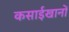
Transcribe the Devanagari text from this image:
कसाईखानों